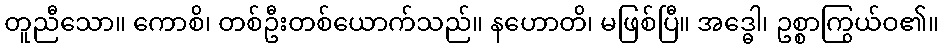
တူညီသော။ ကောစိ၊ တစ်ဦးတစ်ယောက်သည်။ နဟောတိ၊ မဖြစ်ပြီ။ အဒ္ဓေါ၊ ဥစ္စာကြွယ်ဝ၏။